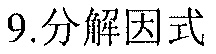
9.分解因式